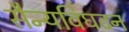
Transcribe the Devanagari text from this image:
सैन्यविघटन